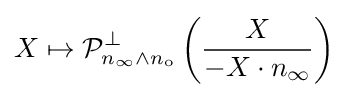
X\mapsto {\mathcal {P}}_{n_{\infty }\wedge n_{\text{o}}}^{\perp }\left({\frac {X}{-X\cdot n_{\infty }}}\right)